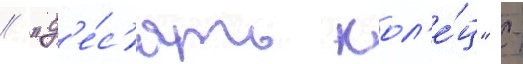
// "д'е́с'ять кол'е́ц" -